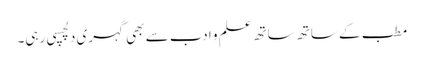
مطب کے ساتھ ساتھ علم و ادب سے بھی گہری دلچسپی رہی۔